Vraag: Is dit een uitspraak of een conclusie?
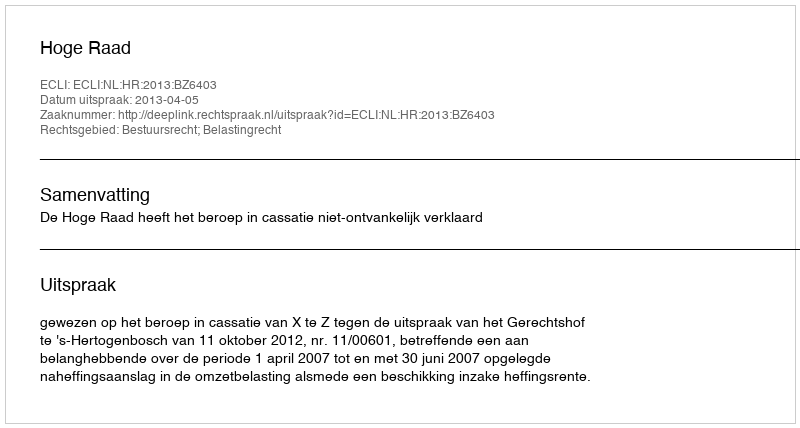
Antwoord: Uitspraak